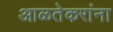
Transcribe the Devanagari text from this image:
आळतेकरांना